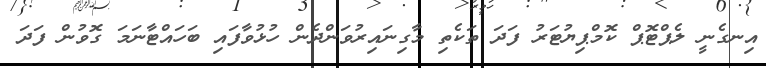
އިނގެނީ ލެޕްޓޮޕް ކޮމްޕިޔުޓަރު ފަދަ ތަކެތި މާގިނައިރުވަންދެން ހުޅުވާފައި ބަހައްޓާނަމަ ގޮވުން ފަދަ